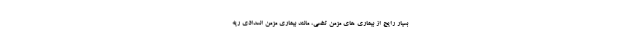
بسیار رایج از بیماری های مزمن تنفسی، مانند بیماری مزمن انسدادی ریه